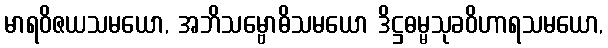
မာရဝိဇယသမယော, အဘိသမ္ဗောဓိသမယော ဒိဋ္ဌဓမ္မသုခဝိဟာရသမယော,